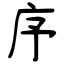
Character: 序